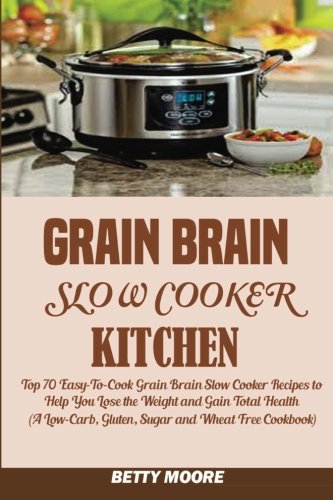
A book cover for Grain Brain Slow Cooker Kitchen:: Top 70 Easy-To-Cook Grain Brain Slow Cooker Recipes to Help You Lose the Weight and Gain Total Health (A Low-Carb, Gluten, Sugar and Wheat Free Cookbook); Betty Moore; Cookbooks, Food & Wine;